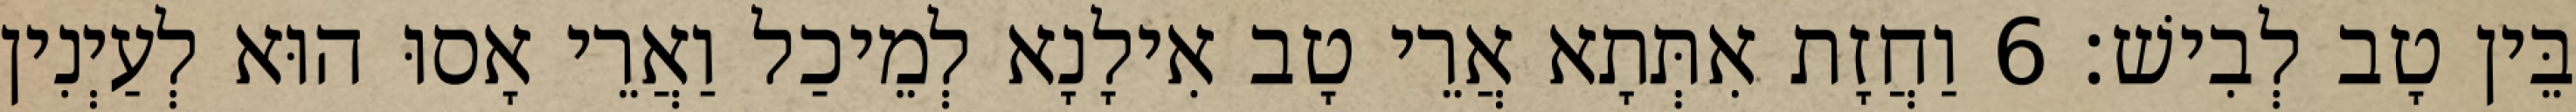
בֵּין טָב לְבִישׁ׃ 6 וַחֲזָת אִתְּתָא אֲרֵי טָב אִילָנָא לְמֵיכַל וַאֲרֵי אָסוּ הוּא לְעַיְנִין